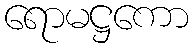
ရောမဋ္ဌကော